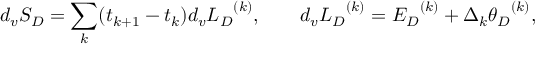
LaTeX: d _ { v } S _ { D } = \sum _ { k } ( t _ { k + 1 } - t _ { k } ) d _ { v } { L _ { D } } ^ { ( k ) } , \qquad d _ { v } { L _ { D } } ^ { ( k ) } = { { \cal E } _ { D } } ^ { ( k ) } + \Delta _ { k } { \theta _ { D } } ^ { ( k ) } ,